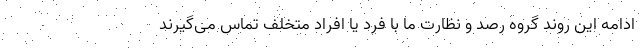
ادامه این روند گروه رصد و نظارت ما با فرد یا افراد متخلف تماس می‌گیرند